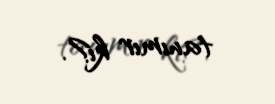
tanımır ki?.